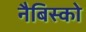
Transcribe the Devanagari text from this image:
नैबिस्को